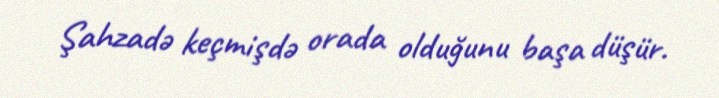
Şahzadə keçmişdə orada olduğunu başa düşür.